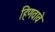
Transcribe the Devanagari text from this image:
हिणवावे